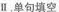
Ⅱ.单句填空